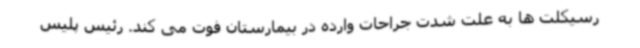
رسیکلت ها به علت شدت جراحات وارده در بیمارستان فوت می کند. رئیس پلیس